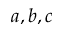
a , b , c